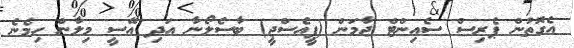
އެގޮތުން ޕެރިސް ސެއިންޓް ޖާމަން (ޕީއެސްޖީ) ބާސެލޯނާ އަދި އޭސީ މިލާން ހިމެނެ